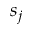
s _ { j }